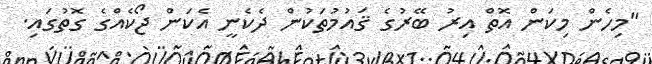
"މިހެން މިކަން އޮތް އިރު ބޭރުގެ ޤައުމުތަކުން ދެކެނީ އެކަން ޖޯކެއްގެ ގޮތުގައި.